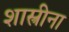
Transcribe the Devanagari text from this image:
शास्त्रीना